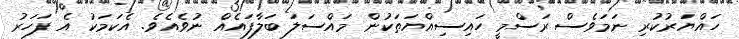
ހައްޔަރުކުރި ނަމަވެސް ރަސްމީ ހައިސިއްޔަތަކުން މައްސަލަ ބަލާފައެއް ނުވެއެވެ. އެކަމަކު އެ ފަހަރު